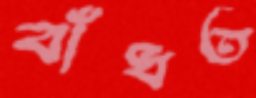
বাঁধত